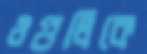
ওগুলিকে